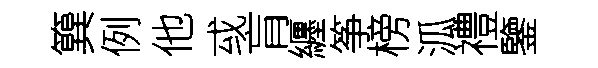
簨例他㦯肓纒筝榜泒禮鑒